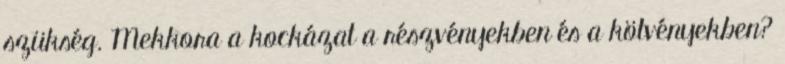
szükség. Mekkora a kockázat a részvényekben és a kötvényekben?